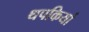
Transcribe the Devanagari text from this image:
थपकियां